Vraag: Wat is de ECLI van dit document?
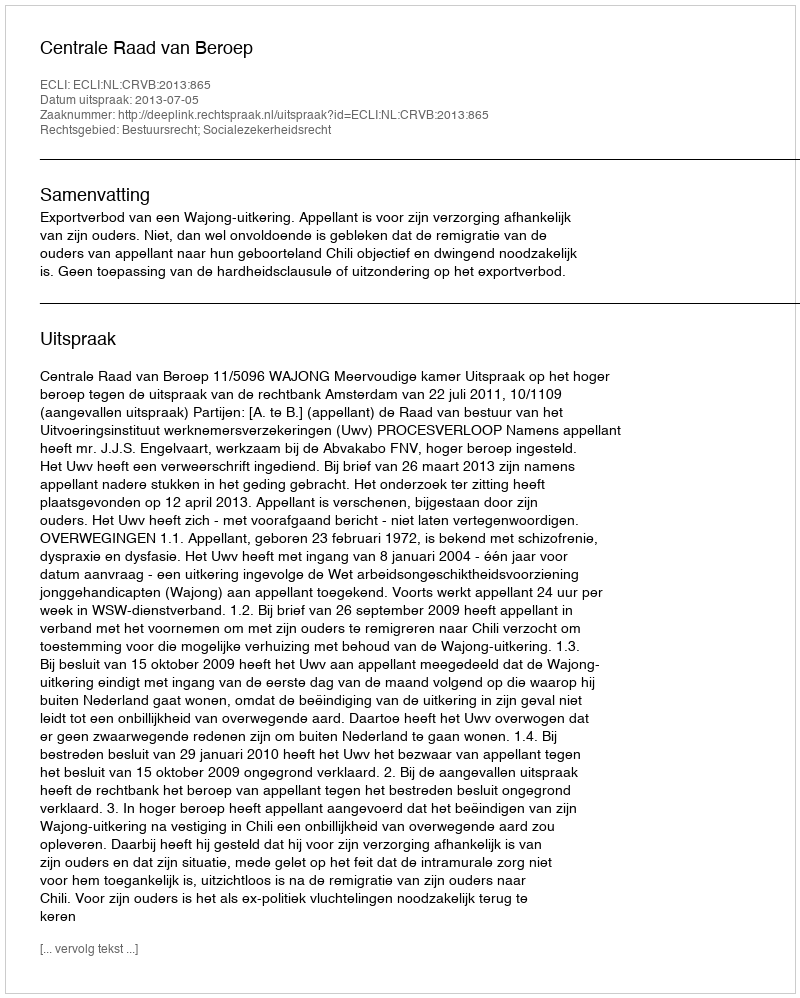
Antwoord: ECLI:NL:CRVB:2013:865